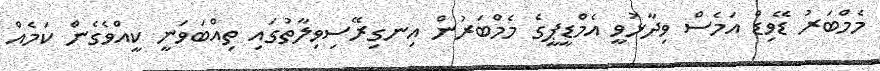
މެމްބަރު ޑޭވިޑް އަމެސް ވިދާޅުވީ އެމްޑީޕީގެ މެމްބަރުން އިނގިރޭސިވިލާތުގައި ތިއްބަވަނީ ކީއްވެގެން ކަމެއް